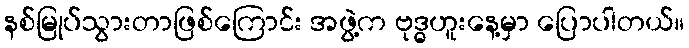
နစ်မြုပ်သွားတာဖြစ်ကြောင်း အဖွဲ့က ဗုဒ္ဓဟူးနေ့မှာ ပြောပါတယ်။